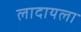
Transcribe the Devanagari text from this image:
लादायला